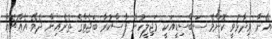
އޭނާ ވިދާޅުވީ ކޮންމެ ސަބްސިޑީއަކީ މަޖިލީހުން ފާސްކުރާ ބަޖެޓްގެ ތެރެއިން ދެވޭ އެއްޗެއް